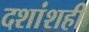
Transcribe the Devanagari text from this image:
दशांशही